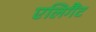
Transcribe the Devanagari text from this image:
एलिगैंट